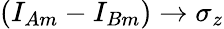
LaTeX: (I_{Am}-I_{Bm})\rightarrow\sigma_{z}